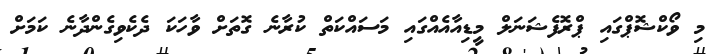
މި ވޯކްޝޮޕްގައި ޕްރޮފެޝަނަލް މީޑިއާއެއްގައި މަސައްކަތް ކުރާނެ ގޮތަށް ވާހަކަ ދެކެވިގެންދާނެ ކަމަށް